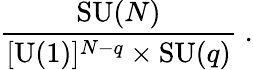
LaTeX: {\frac{\mathrm{SU}(N)}{[\mathrm{U}(1)]^{N-q}\times\mathrm{SU}(q)}}\; .